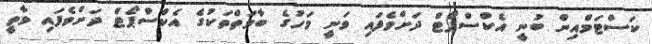
ކަސްޓަމްއިން ބުނީ އެކްސްޕޯޓް ދަށްވެފައި ވަނީ މަހުގެ ބާވަތްތަކުގެ އެކްސްޕޯޓް ދަށްވެފައި ވާތީ